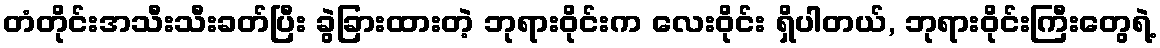
တံတိုင်းအသီးသီးခတ်ပြီး ခွဲခြားထားတဲ့ ဘုရားဝိုင်းက လေးဝိုင်း ရှိပါတယ်, ဘုရားဝိုင်းကြီးတွေရဲ့